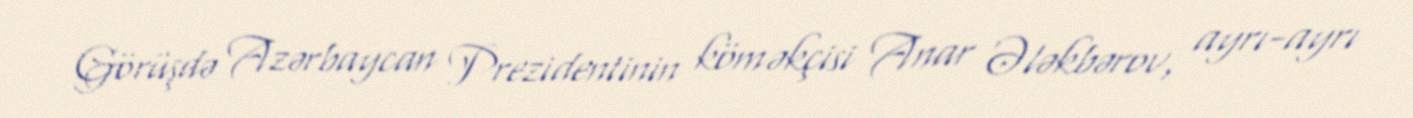
Görüşdə Azərbaycan Prezidentinin köməkçisi Anar Ələkbərov, ayrı-ayrı